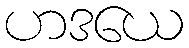
ဟဒယေ